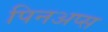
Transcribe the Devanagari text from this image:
पिनअप्स